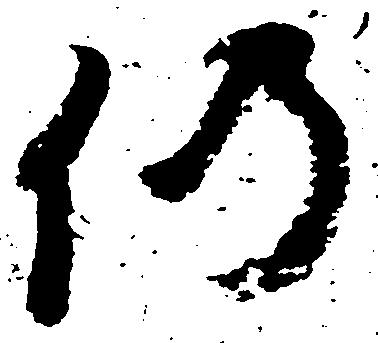
仍